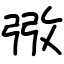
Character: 㢸